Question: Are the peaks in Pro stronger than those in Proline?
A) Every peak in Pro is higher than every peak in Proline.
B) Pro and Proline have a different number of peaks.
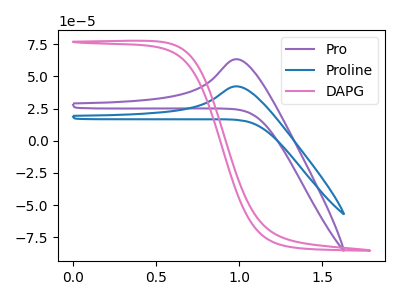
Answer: <think>The purple curve "Pro" has an anodic peak at: (1.00V, 63.30uA). The blue curve "Proline" has an anodic peak at: (1.00V, 42.25uA). The pink curve "DAPG" has no peaks.</think>
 <answer>A) Every peak in "Pro" is higher than every peak in "Proline".</answer>
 <eval>A</eval>